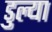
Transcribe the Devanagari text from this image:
डुल्या